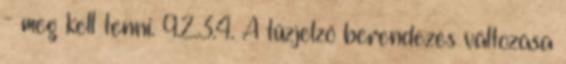
- meg kell tenni. 9.2.3.4. A tûzjelzõ berendezés változása